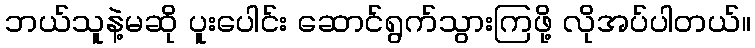
ဘယ်သူနဲ့မဆို ပူးပေါင်း ဆောင်ရွက်သွားကြဖို့ လိုအပ်ပါတယ်။